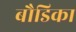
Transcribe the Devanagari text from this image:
बौडिका